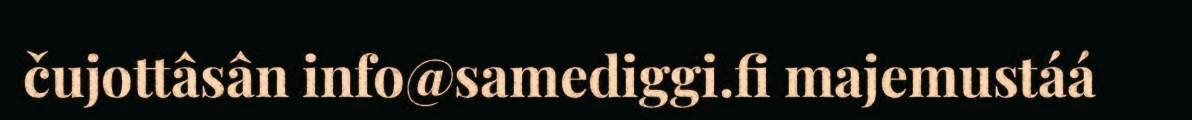
čujottâsân info@samediggi.fi majemustáá